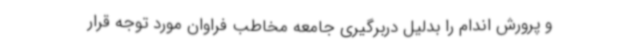
و پرورش اندام را بدلیل دربرگیری جامعه مخاطب فراوان مورد توجه قرار